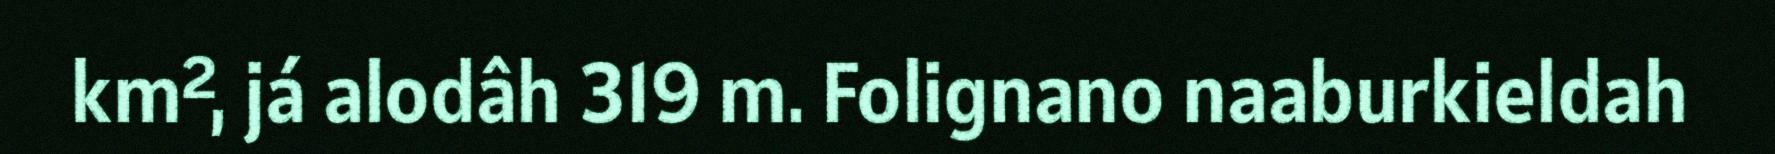
km², já alodâh 319 m. Folignano naaburkieldah